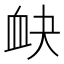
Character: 𧖫